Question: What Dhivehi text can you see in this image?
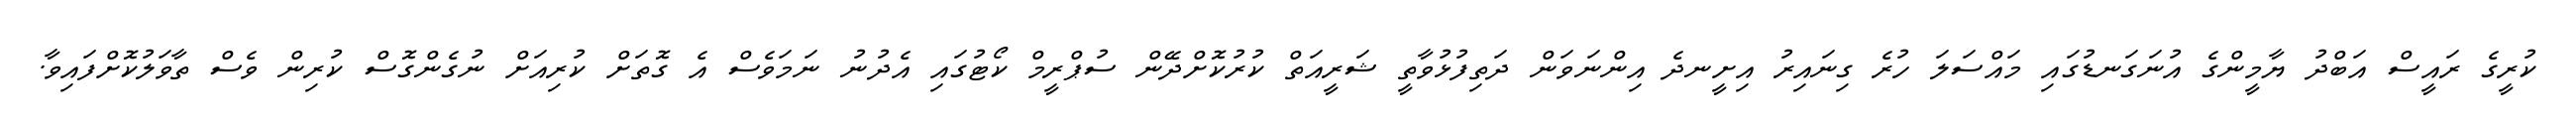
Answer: ކުރީގެ ރައީސް އަބްދު ޔާމީންގެ އުނަގަނޑުގައި މައްސަލަ ހުރެ ގިނައިރު އިށީނދެ އިންނަވަން ދަތިފުޅުވާތީ ޝަރީއަތް ކުރުކޮށްދޭން ސުޕްރީމް ކޯޓުގައި އެދުނު ނަމަވެސް އެ ގޮތަށް ކުރިއަށް ނުގެންގޮސް ކުރިން ވެސް ތާވަލުކޮށްފައިވާ.